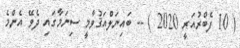
( 10 ފެބްރުއަރީ 2020 ) -- ބައިނަލްއަޤުވާމީ ސިނަމާގައި ދެވޭ އެންމެ